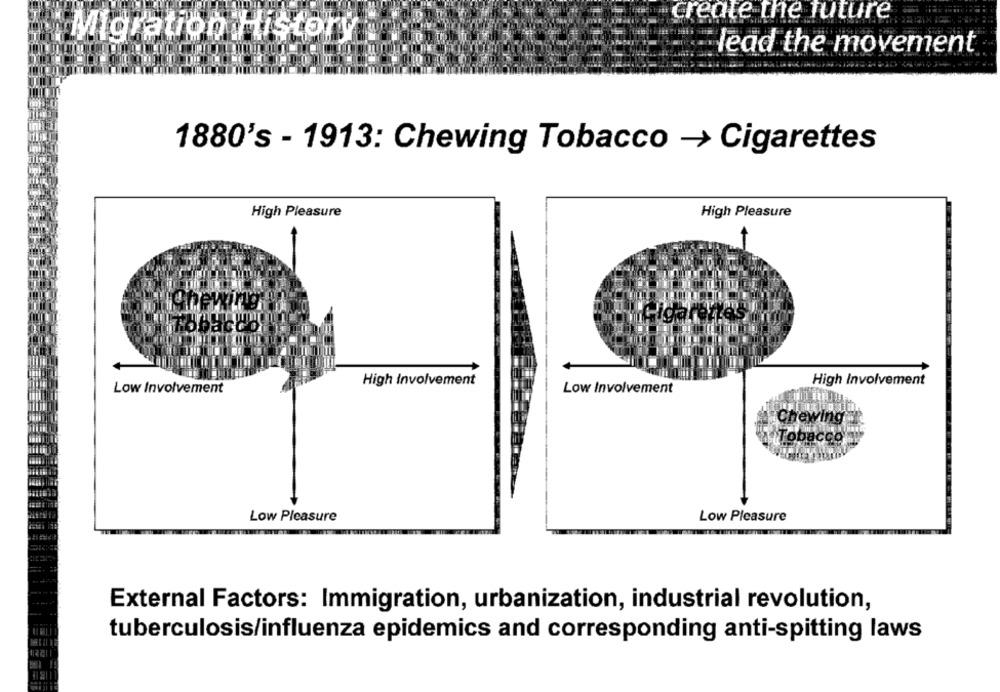
create the future
Migration History
lead the movement
1880's - 1913: Chewing Tobacco -> Cigarettes
High Pleasure
High Pleasure
High Involvement
High Involvement
Low Involvement
Low Involvement
Chewing
Tobacco
Low Pleasure
Low Pleasure
External Factors: Immigration, urbanization, industrial revolution,
tuberculosis/influenza epidemics and corresponding anti-spitting laws